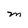
Character: M